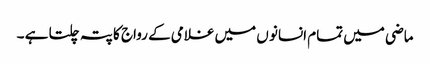
ماضی میں تمام انسانو ں میں غلامی کے رواج کا پتہ چلتا ہے ۔